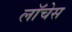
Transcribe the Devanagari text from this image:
लॉचेस